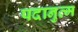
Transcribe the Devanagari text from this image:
पदानुव्म